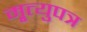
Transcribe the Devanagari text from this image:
मृ्त्युपत्र